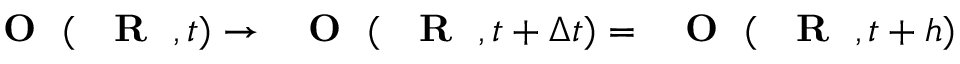
\mathrm { ~ { ~ \bf ~ O ~ } ~ } ( \mathrm { ~ { ~ \bf ~ R ~ } ~ } , t ) \to \mathrm { ~ { ~ \bf ~ O ~ } ~ } ( \mathrm { ~ { ~ \bf ~ R ~ } ~ } , t + \Delta t ) = \mathrm { ~ { ~ \bf ~ O ~ } ~ } ( \mathrm { ~ { ~ \bf ~ R ~ } ~ } , t + h )